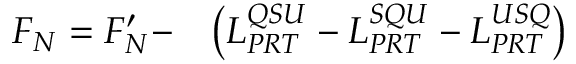
\begin{array} { r l } { F _ { N } = F _ { N } ^ { \prime } - } & { { } \big ( L _ { P R T } ^ { Q S U } - L _ { P R T } ^ { S Q U } - L _ { P R T } ^ { U S Q } \big ) } \end{array}